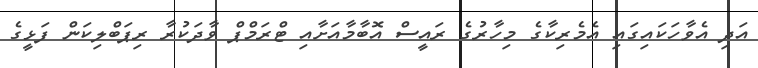
އަދި އެވާހަކައިގައި އެެމެރިކާގެ މިހާރުގެ ރައީސް އޮބާމާއަށާއި ޓްރަމްޕް ވާދަކުރާ ރިޕަބްލިކަން ފަޅީގެ